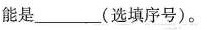
能是___(选填序号)。